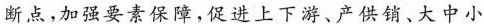
断点，加强要素保障，促进上下游、产供销、大中小